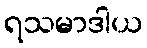
ရသမာဒါယ